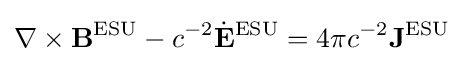
\nabla \times \mathbf {B} ^{\text{ESU}}-c^{-2}{\dot {\mathbf {E} }}^{\text{ESU}}=4\pi c^{-2}\mathbf {J} ^{\text{ESU}}